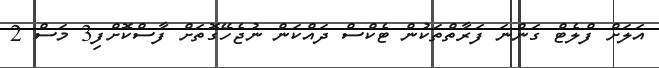
އަލަށް ފްލެޓް ގަންނަ ފަރާތްތަކުން ޓެކްސް ދައްކަން ނުޖެހޭގޮތަށް ފާސްކޮށްފި3 މަސް 2